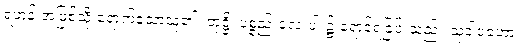
ရဟန်းအဖြစ်သို့ ရောက်သောသူ၏။ တုဋ္ဌိ၊ ပစ္စည်းလေးပါး၌ ရောင့်ရဲခြင်းသည်။ သုခါဝဟော၊